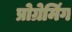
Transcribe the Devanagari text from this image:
प्रोग्रेमिंग